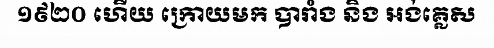
១៩២០ ហើយ ក្រោយមក បារាំង និង អង់គ្លេស